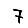
Digit: 7